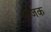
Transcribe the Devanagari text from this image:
अजक